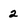
Character: 2